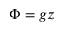
\Phi = g z